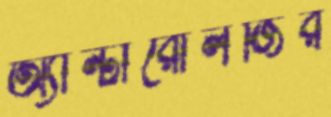
অ্যান্টারোলজির